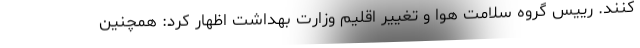
کنند. رییس گروه سلامت هوا و تغییر اقلیم وزارت بهداشت اظهار کرد: همچنین